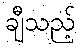
ချီသည့်